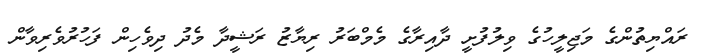
ރައްޔިތުންގެ މަޖިލީހުގެ ވިލުފުށީ ދާއިރާގެ މެމްބަރު ރިޔާޒު ރަޝީދާ މެދު ދިވެހިން ފަހުރުވެރިވާން